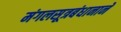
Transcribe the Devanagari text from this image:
मंगलसूत्रबंधानाने